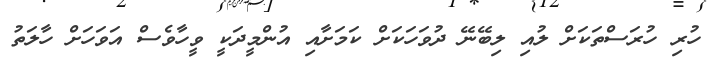
ހުރި ހުރަސްތަކަށް ލުއި ލިބޭނޭ ދުވަހަކަށް ކަމަށާއި އުންމީދަކީ ވީހާވެސް އަވަހަށް ހާލަތު